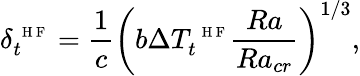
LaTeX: \delta_{t}^{\mathrm{~\scriptsize~H~F~}}=\frac{1}{c}\left(b\Delta T_{t}^{\mathrm{~\scriptsize~H~F~}}\frac{Ra}{Ra_{cr}}\right)^{1/3},